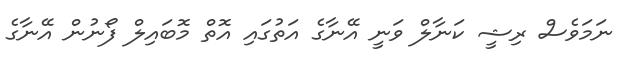
ނަމަވެސް ރިޝީ ކަނާލް ވަނީ އޭނާގެ އަތުގައި އޮތް މޮބައިލް ފޯނުން އޭނާގެ